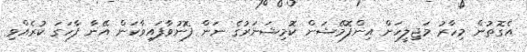
އެގޮތުން މިހާރު މަޖިލީހަށް އިންފޮމޭޝަން ކޮމިޝަނަރުގެ ނަން ފޮނުވާފައިވާކަން އޭނާ ފާހަގަ ކުރެއްވި